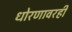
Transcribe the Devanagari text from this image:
धोरणावरही